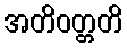
အတိဝတ္တတိ